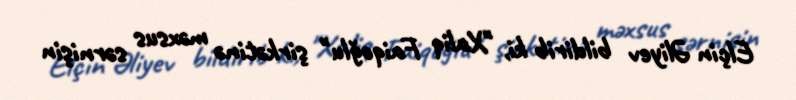
Elçin Əliyev bildirib ki, "Xaliq Faiqoğlu" şirkətinə məxsus sərnişin